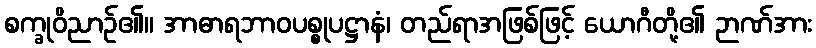
စက္ခုဝိညာဉ်၏။ အာဓာရဘာဝပစ္စုပဋ္ဌာနံ၊ တည်ရာအဖြစ်ဖြင့် ယောဂီတို့၏ ဉာဏ်အား